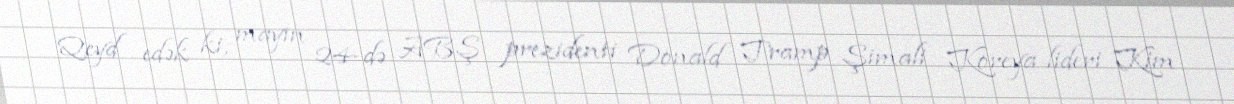
Qeyd edək ki, mayın 24-də ABŞ prezidenti Donald Tramp Şimali Koreya lideri Kim